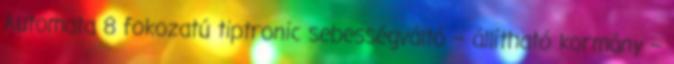
Automata 8 fokozatú tiptronic sebességváltó – állítható kormány –